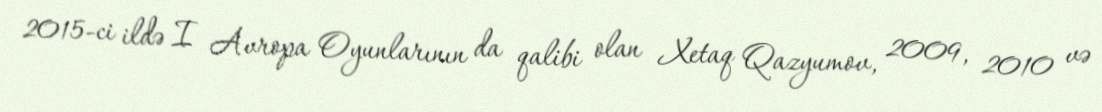
2015-ci ildə I Avropa Oyunlarının da qalibi olan Xetaq Qazyumov, 2009, 2010 və